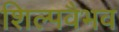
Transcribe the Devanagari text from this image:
शिल्पवैभव